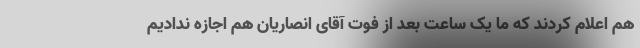
هم اعلام کردند که ما یک ساعت بعد از فوت آقای انصاریان هم اجازه ندادیم